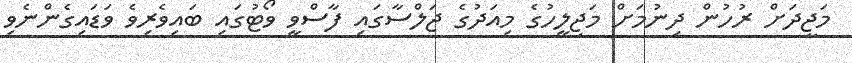
މަޖީދަށް ރުހުން ދިނުމަށް މަޖިލީހުގެ މިއަދުގެ ޖަލްސާގައި ފާސްވީ ވޯޓުގައި ބައިވެރިވެ ވަޑައިގެންނެވި